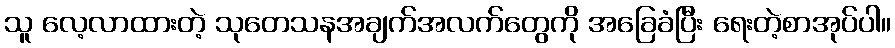
သူ လေ့လာထားတဲ့ သုတေသနအချက်အလက်တွေကို အခြေခံပြီး ရေးတဲ့စာအုပ်ပါ။